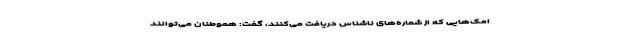
امک‌هایی که از شماره‌های ناشناس دریافت می‌کنند، گفت: هموطنان می‌توانند